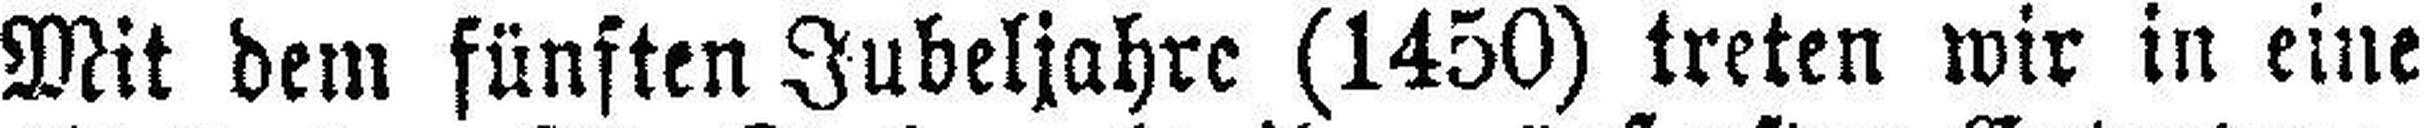
Mit dem fünften Jubeljahre (1450) treten wir in eine